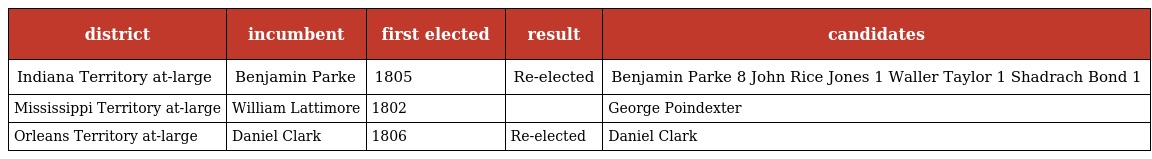
| district | incumbent | first elected | result | candidates |
 | --- | --- | --- | --- | --- |
 | Indiana Territory at-large | Benjamin Parke | 1805 | Re-elected | Benjamin Parke 8 John Rice Jones 1 Waller Taylor 1 Shadrach Bond 1 |
 | Mississippi Territory at-large | William Lattimore | 1802 |  | George Poindexter |
 | Orleans Territory at-large | Daniel Clark | 1806 | Re-elected | Daniel Clark |